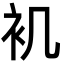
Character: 䘛